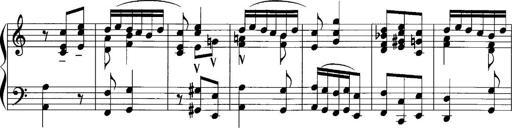
Title: Sonatina No.1
Composer: Otto Stoll
Key: C major